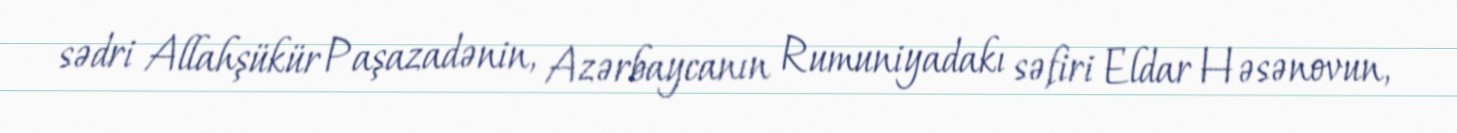
sədri Allahşükür Paşazadənin, Azərbaycanın Rumuniyadakı səfiri Eldar Həsənovun,